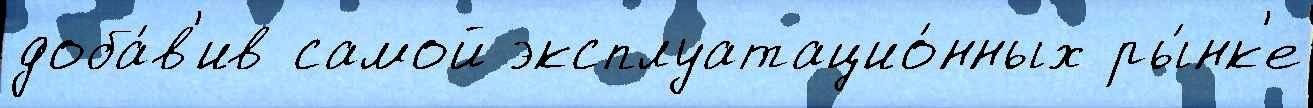
доба́в'ив самой эксплуатацио́нных ры́нк'е